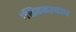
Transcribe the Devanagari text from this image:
।शिवकल्याण